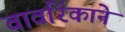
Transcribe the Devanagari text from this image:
वावरिंकाने